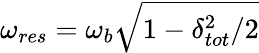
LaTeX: \omega_{res}=\omega_{b}\sqrt{1-\delta_{tot}^{2}/2}